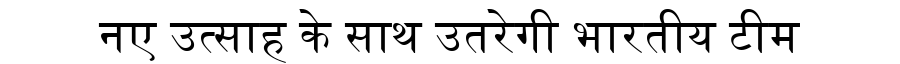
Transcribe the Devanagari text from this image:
नए उत्साह के साथ उतरेगी भारतीय टीम